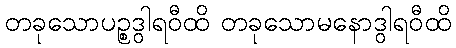
တခုသောပဉ္စဒွါရဝီထိ တခုသောမနောဒွါရဝီထိ